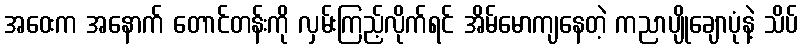
အဝေးက အနောက် တောင်တန်းကို လှမ်းကြည့်လိုက်ရင် အိမ်မောကျနေတဲ့ ကညာပျိုချောပုံနဲ့ သိပ်